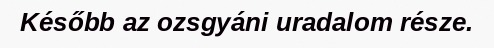
Később az ozsgyáni uradalom része.